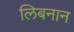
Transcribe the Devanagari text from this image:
लिबनान